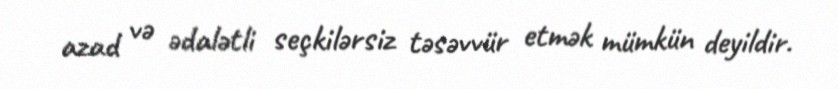
azad və ədalətli seçkilərsiz təsəvvür etmək mümkün deyildir.